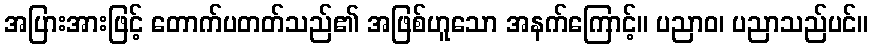
အပြားအားဖြင့် တောက်ပတတ်သည်၏ အဖြစ်ဟူသော အနက်ကြောင့်။ ပညာဝ၊ ပညာသည်ပင်။